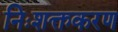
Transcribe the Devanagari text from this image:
निःशक्तकरण